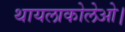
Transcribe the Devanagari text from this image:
थायलाकोलेओ।